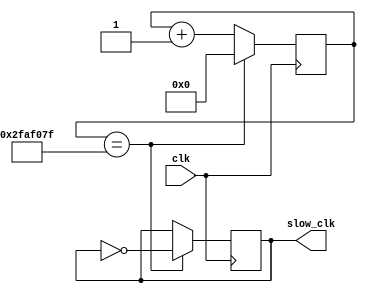
module slow_clk(input clk, output slow_clk);
    parameter TICKS = 27'd49_999_999;
    reg [31:0] count = 0;
    reg sig_reg = 0;
    always @(posedge clk) begin
        if (count == TICKS) begin
            sig_reg <= ~sig_reg;
            count <= 0;
        end
        else begin
            count <= count + 1;
        end
    end
    assign slow_clk = sig_reg;
endmodule